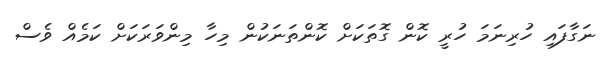
ނަގާފައި ހުރިނަމަ ހުރީ ކޮން ގޮތަކަށް ކޮންތަނަކުން މިހާ މިންވަރަކަށް ކަމެއް ވެސް